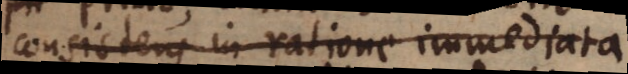
consistens in ratione immediata